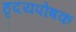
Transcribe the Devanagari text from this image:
हृदयपोषक